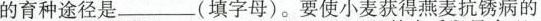
的育种途径是_________(填字母)。要使小麦获得燕麦抗锈病的